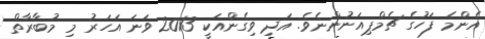
އެންމެ ފަހުގެ ޗެމްޕިއަނުންނެވެ. އަދި ވިގެންއަކީ 2013 ވަނަ އަހަރު މި މުބާރާތް